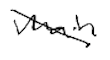
Text: main
Cross-out: diagonal
Writing tool: digital_black